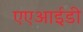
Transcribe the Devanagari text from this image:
एएआईडी